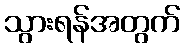
သွားရန်အတွက်